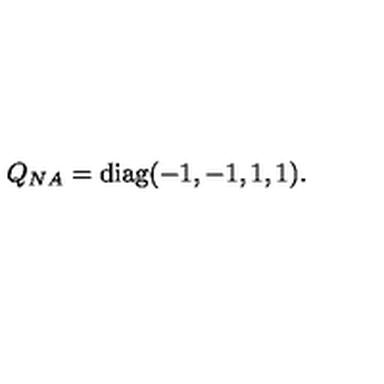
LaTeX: Q _ { N A } = \mathrm { d i a g } ( - 1 , - 1 , 1 , 1 ) .